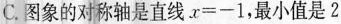
C. 图象的对称轴是直线$$x = - 1$$，最小值是2